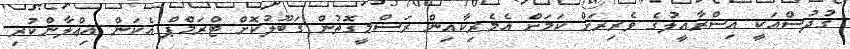
ގުދުސްއަކީ އިސްރާއީލުގެ ވެރިރަށް ކަމަށް އެމެރިކާއިން ރަސްމީގޮތުން ގަބޫލުކޮށް ޓްރަމްޕް އެކަން އިޢްލާންކުރި